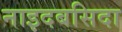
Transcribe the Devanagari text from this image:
नाइदबसिदा